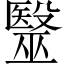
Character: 毉